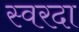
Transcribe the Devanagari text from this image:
स्वरदा